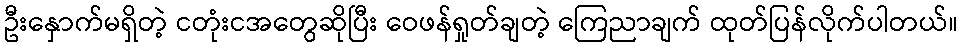
ဦးနှောက်မရှိတဲ့ ငတုံးငအတွေဆိုပြီး ဝေဖန်ရှုတ်ချတဲ့ ကြေညာချက် ထုတ်ပြန်လိုက်ပါတယ်။